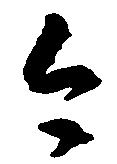
今